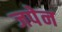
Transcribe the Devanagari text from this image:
जपेन